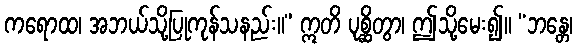
ကရောထ၊ အဘယ်သို့ပြုကုန်သနည်း။” ဣတိ ပုစ္ဆိတွာ၊ ဤသို့မေး၍။ “ဘန္တေ၊